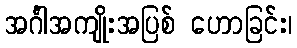
အင်္ဂါအကျိုးအပြစ် ဟောခြင်း၊